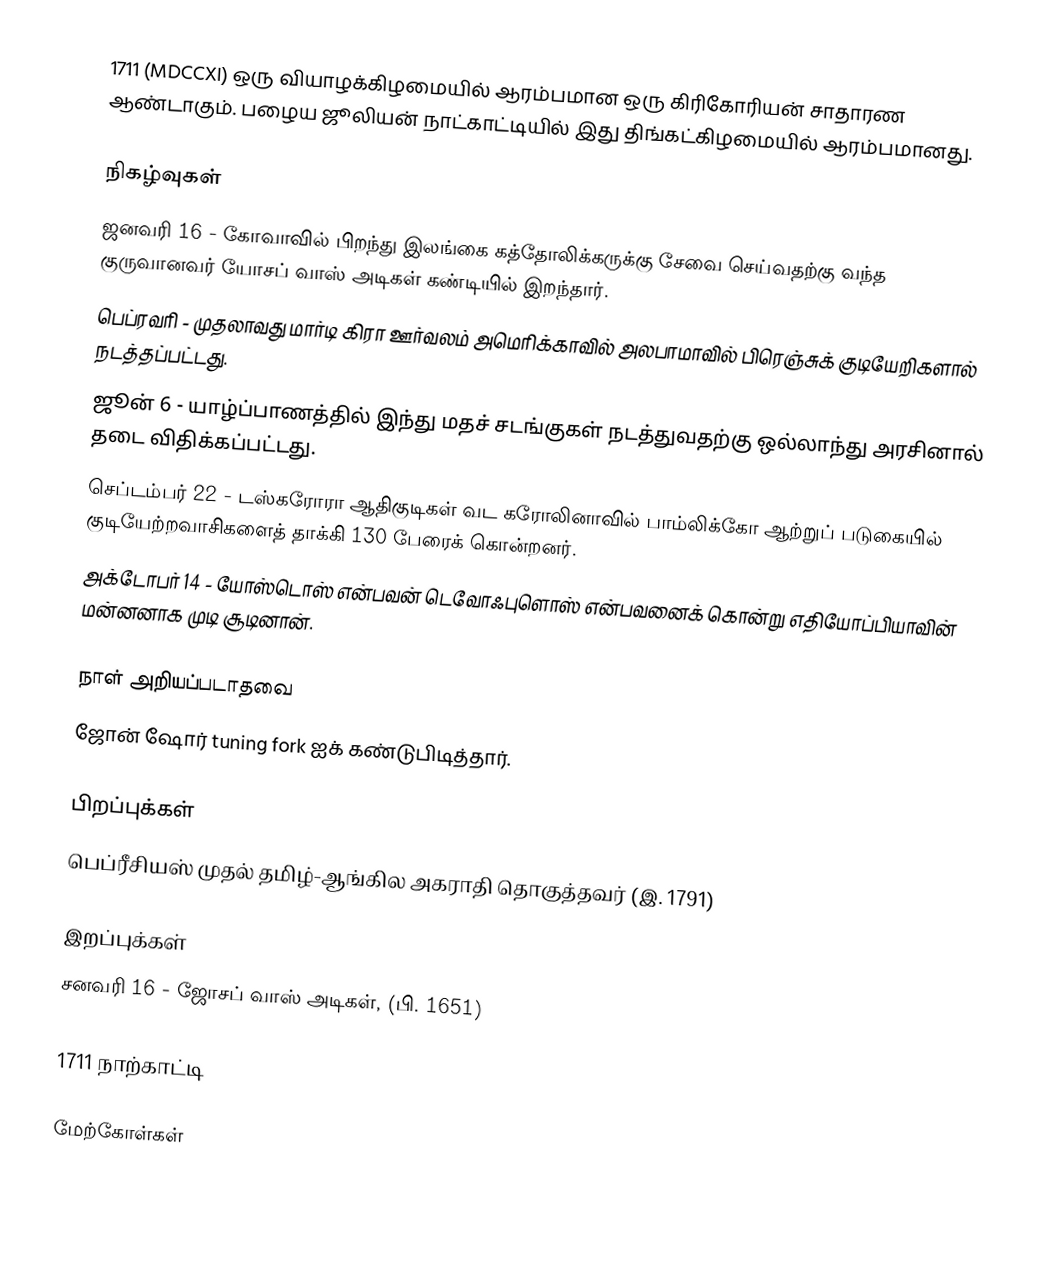
1711  (MDCCXI) ஒரு வியாழக்கிழமையில் ஆரம்பமான ஒரு கிரிகோரியன் சாதாரண ஆண்டாகும். பழைய ஜூலியன் நாட்காட்டியில் இது திங்கட்கிழமையில் ஆரம்பமானது.

நிகழ்வுகள்
 ஜனவரி 16 - கோவாவில் பிறந்து இலங்கை கத்தோலிக்கருக்கு சேவை செய்வதற்கு வந்த குருவானவர் யோசப் வாஸ் அடிகள் கண்டியில் இறந்தார்.
 பெப்ரவரி - முதலாவது மார்டி கிரா ஊர்வலம் அமெரிக்காவில் அலபாமாவில் பிரெஞ்சுக் குடியேறிகளால் நடத்தப்பட்டது.
 ஜூன் 6 -  யாழ்ப்பாணத்தில் இந்து மதச் சடங்குகள் நடத்துவதற்கு ஒல்லாந்து அரசினால் தடை விதிக்கப்பட்டது.
 செப்டம்பர் 22 - டஸ்கரோரா ஆதிகுடிகள் வட கரோலினாவில் பாம்லிக்கோ ஆற்றுப் படுகையில் குடியேற்றவாசிகளைத் தாக்கி 130 பேரைக் கொன்றனர்.
 அக்டோபர் 14 - யோஸ்டொஸ் என்பவன் டெவோஃபுளொஸ் என்பவனைக் கொன்று எதியோப்பியாவின் மன்னனாக முடி சூடினான்.

நாள் அறியப்படாதவை
 ஜோன் ஷோர் tuning fork ஐக் கண்டுபிடித்தார்.

பிறப்புக்கள்
 பெப்ரீசியஸ் முதல் தமிழ்-ஆங்கில அகராதி தொகுத்தவர் (இ. 1791)

இறப்புக்கள்
 சனவரி 16 - ஜோசப் வாஸ் அடிகள், (பி. 1651)

1711 நாற்காட்டி

மேற்கோள்கள்